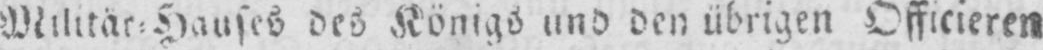
Militär⸗Hauses des Königs und den übrigen Officieren